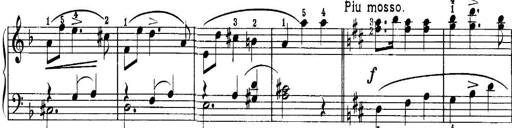
Title: Piano Sonatina No.1 in C major
Composer: Tadeusz Joteyko
Key: C major